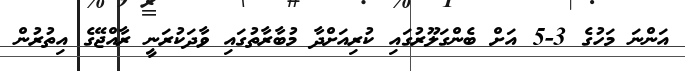
އަންނަ މަހުގެ 3-5 އަށް ބެންގަލޫރުގައި ކުރިއަށްދާ މުބާރާތުގައި ވާދަކުރަނީ ރާއްޖޭގެ އިތުރުން